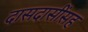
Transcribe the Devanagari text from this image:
दासदासींसह